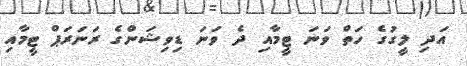
އަދި ލީގުގެ ހަތް ވަނަ ޓީމާއި ދެ ވަނަ ޑިވިޝަންގެ ރަނަރަޕް ޓީމާއި